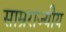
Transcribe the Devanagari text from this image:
साम्रराज्यीय